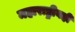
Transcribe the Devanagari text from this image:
महाराष्ट्रीयही